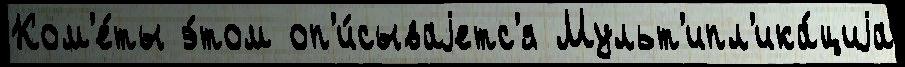
Ком'е́ты э́том оп'и́сываjетс'я Мульт'ипл'ика́циjа